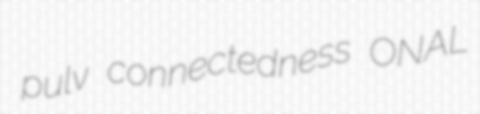
pulv connectedness ONAL